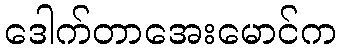
ဒေါက်တာအေးမောင်က